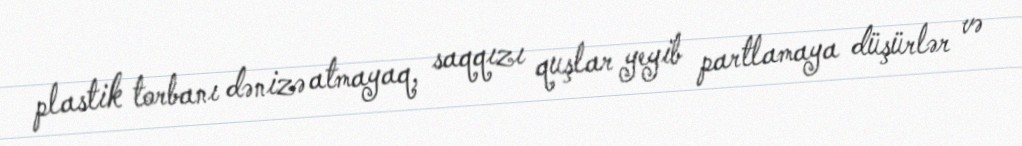
plastik torbanı dənizə atmayaq, saqqızı quşlar yeyib partlamaya düşürlər və